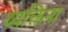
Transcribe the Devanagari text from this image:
व्यक्तिना